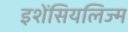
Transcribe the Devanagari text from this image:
इशेंसियलिज्म